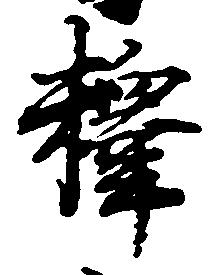
釈